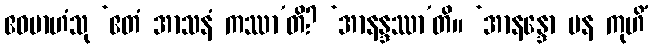
ဧဝမာဟံသု ‘ဧတံ အာသနံ ကဿာ’တိ? ‘အာနန္ဒဿာ’တိ။ ‘အာနန္ဒော ပန ကုဟိံ